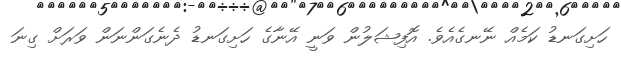
ހަށިގަނޑު ކަމެއް ނޭނގެއެވެ. އޮފިޝަލުން ވަނީ އޭނާގެ ހަށިގަނޑު ދެނެގަންނަން ވަރަށް ގިނަ